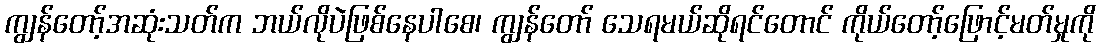
ကျွန်တော့်အဆုံးသတ်က ဘယ်လိုပဲဖြစ်နေပါစေ၊ ကျွန်တော် သေရမယ်ဆိုရင်တောင် ကိုယ်တော့်ဖြောင့်မတ်မှုကို